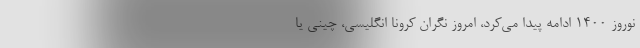
نوروز 1400 ادامه پیدا می‌کرد، امروز نگران کرونا انگلیسی، چینی یا